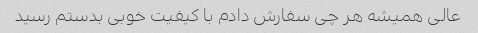
عالی همیشه هر چی سفارش دادم با کیفیت خوبی بدستم رسید